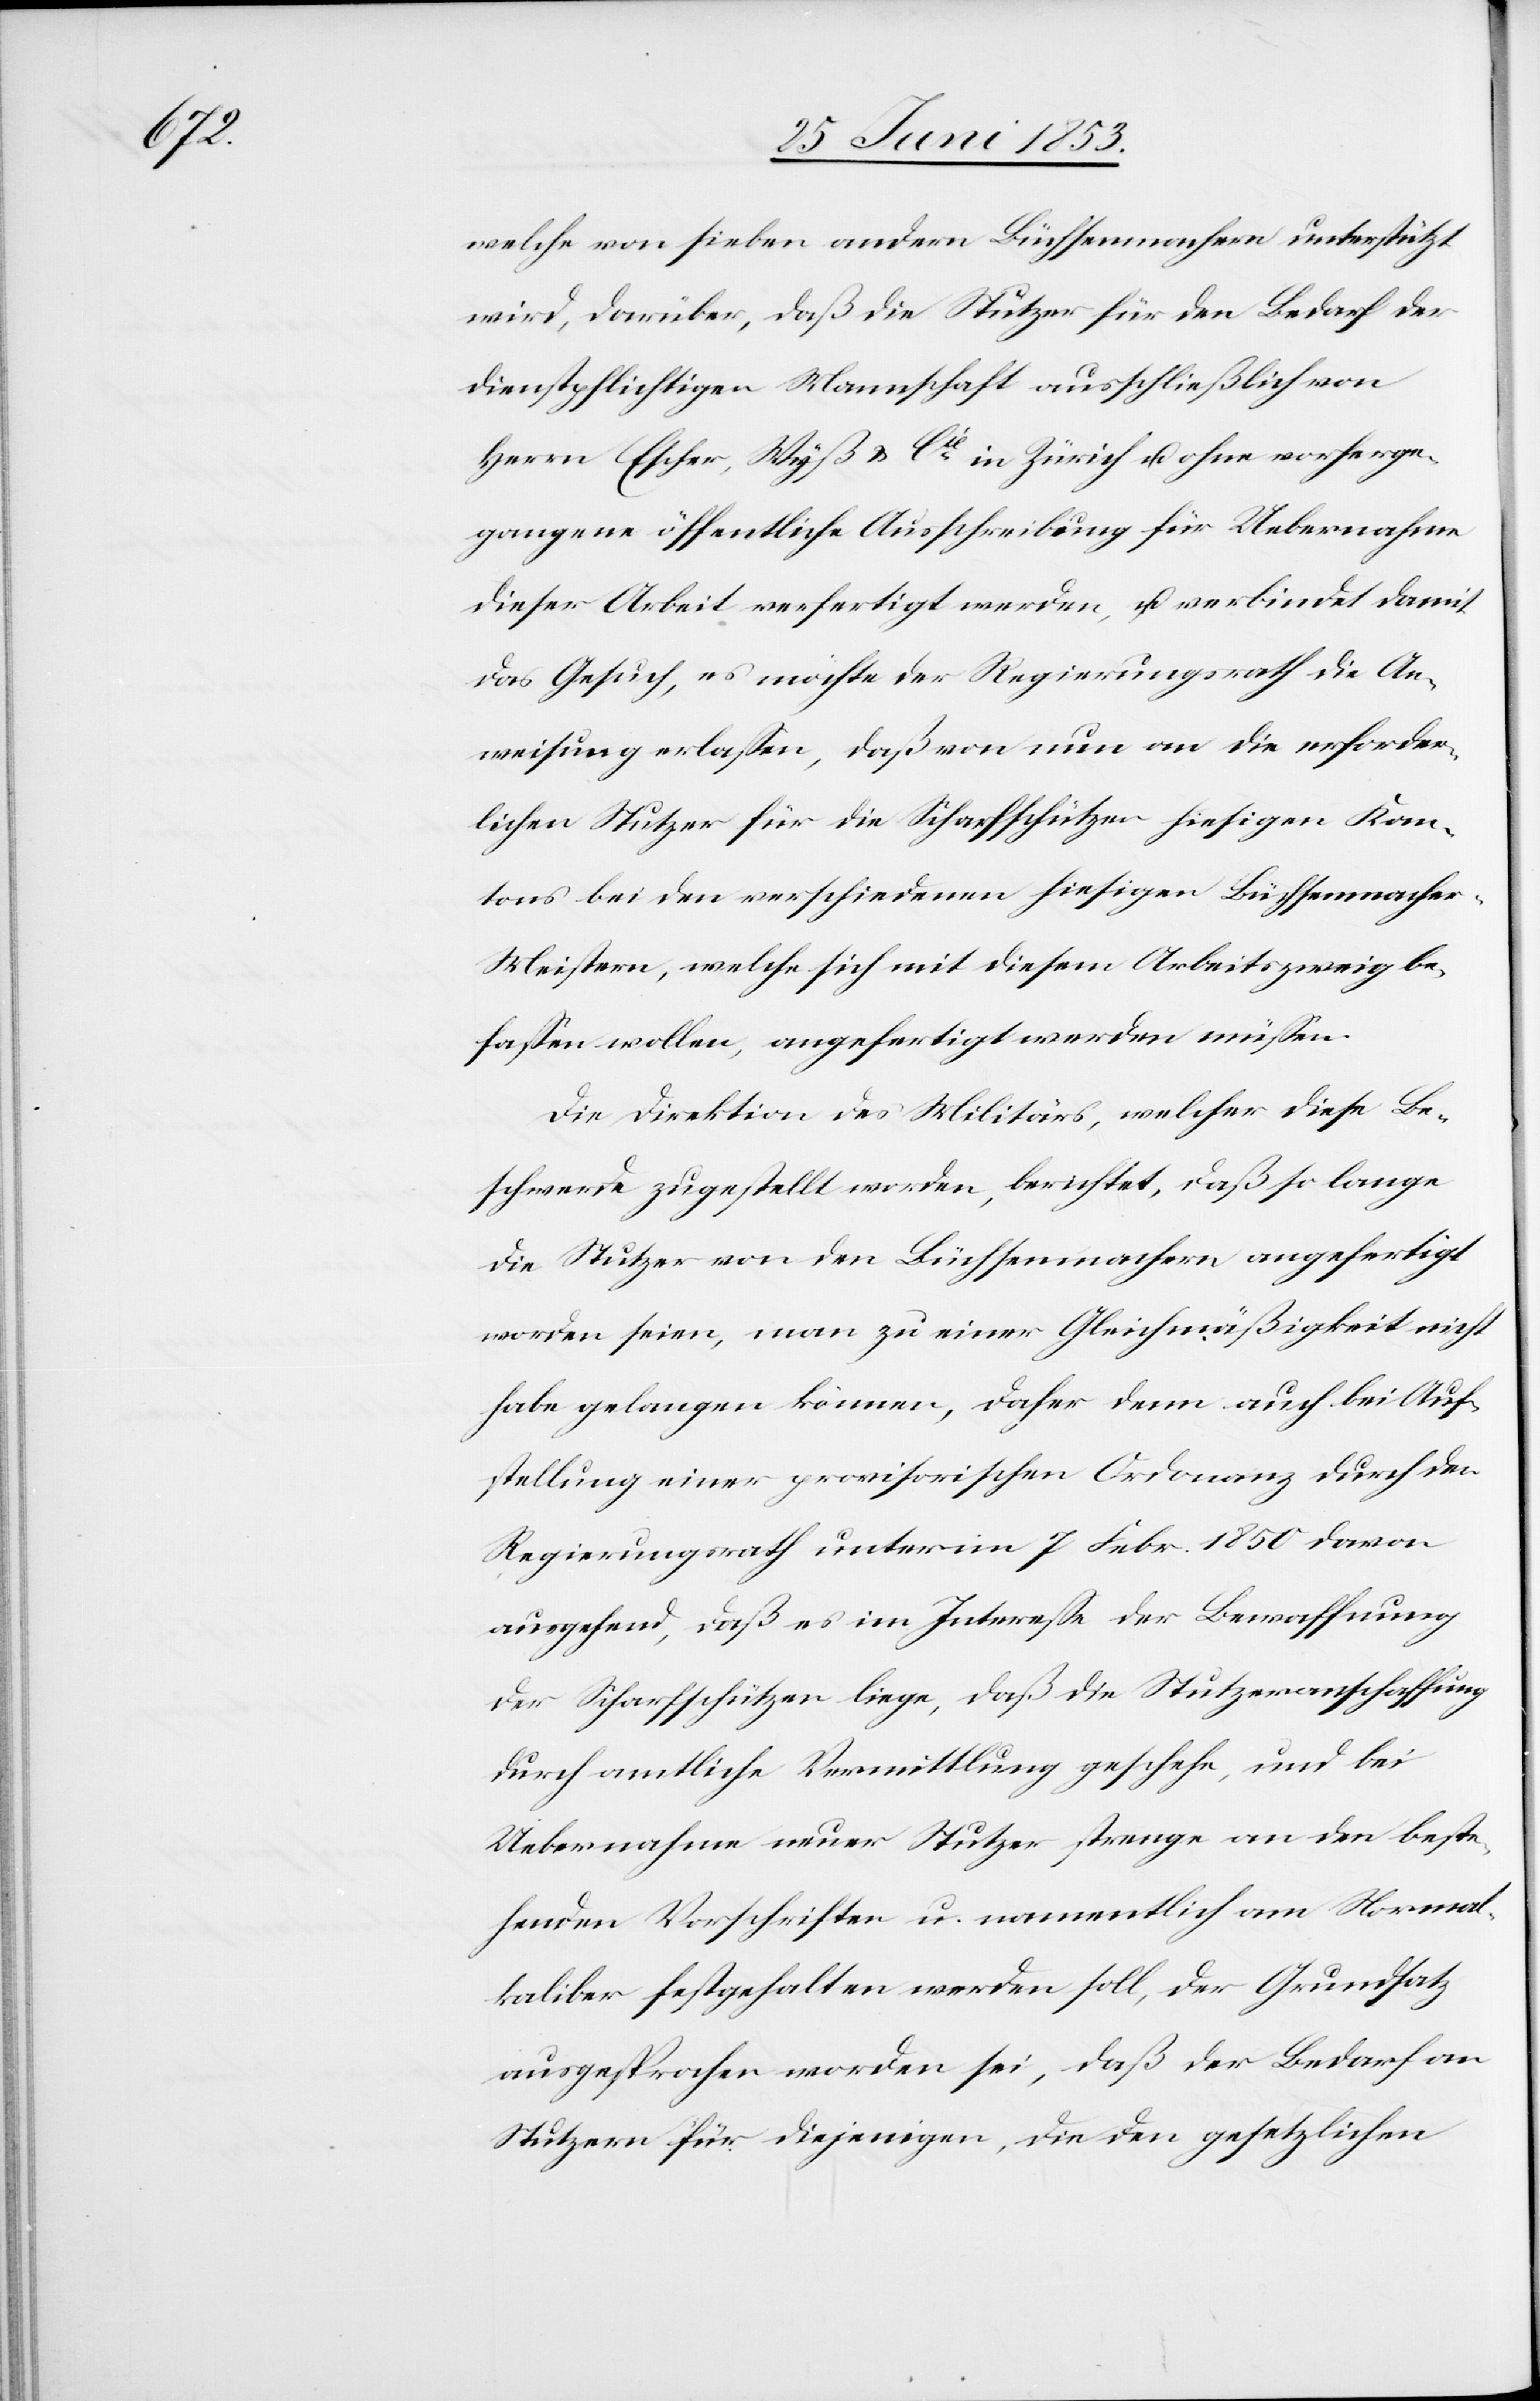
welche von sieben andern Büchsenmachern unterstützt
wird, darüber, daß die Stutzer für den Bedarf der
dienstpflichtigen Mannschaft ausschließlich von
Herrn Escher, Wyß u. Cié in Zürich u. ohne vorherge¬
gangene öffentliche Ausschreibung für Uebernahme
dieser Arbeit verfertigt werden, u. verbindet damit
das Gesuch, es möchte der Regierungsrath die An¬
weisung erlaßen, daß von nun an die erforder¬
lichen Stutzer für die Scharfschützen hiesigen Kan¬
tons bei den verschiedenen hiesigen Büchsenmache¬
r-Meistern, welche sich mit diesem Arbeitszweig be¬
faßen wollen, angefertigt werden müßen.
Die Direktion des Militärs, welcher diese Be¬
schwerde zugestellt worden, berichtet, daß so lange
die Stutzer von den Büchsenmachern angefertigt
worden seien, man zu einer Gleichmäßigkeit nicht
habe gelangen können, daher denn auch bei Auf¬
stellung einer provisorischen Ordonanz durch den
Regierungsrath unterm 7 Febr. 1850 davon
ausgehend, daß es im Intereße der Bewaffnung
der Scharfschützen liege, daß die Stutzeranschaffung
durch amtliche Vermittlung geschehe, und bei
Uebernahme neuer Stutzer strenge an den beste¬
henden Vorschriften u. namentlich am Normal¬
kaliber festgehalten werden soll, der Grundsatz
ausgesprochen worden sei, daß der Bedarf an
Stutzern für diejenigen, die den gesetzlichen